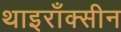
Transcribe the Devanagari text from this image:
थाइराँक्सीन